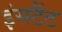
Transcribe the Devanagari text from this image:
इंसटैंट